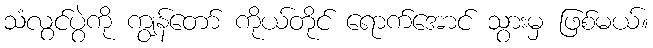
သံလွင်ပွဲကို ကျွန်တော် ကိုယ်တိုင် ရောက်အောင် သွားမှ ဖြစ်မယ်။